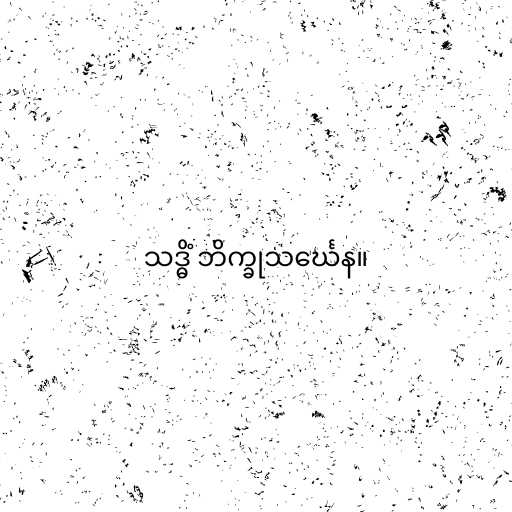
သဒ္ဓိံ ဘိက္ခုသင်္ဃေန။